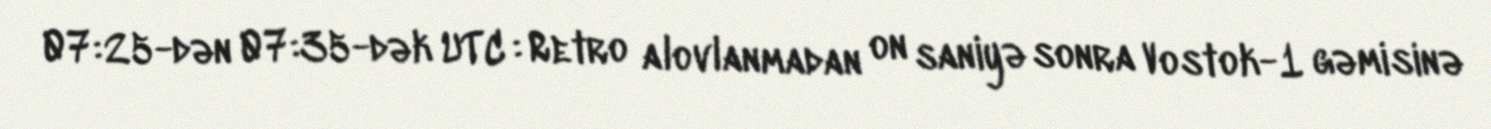
07:25-dən 07:35-dək UTC : Retro alovlanmadan on saniyə sonra Vostok-1 gəmisinə